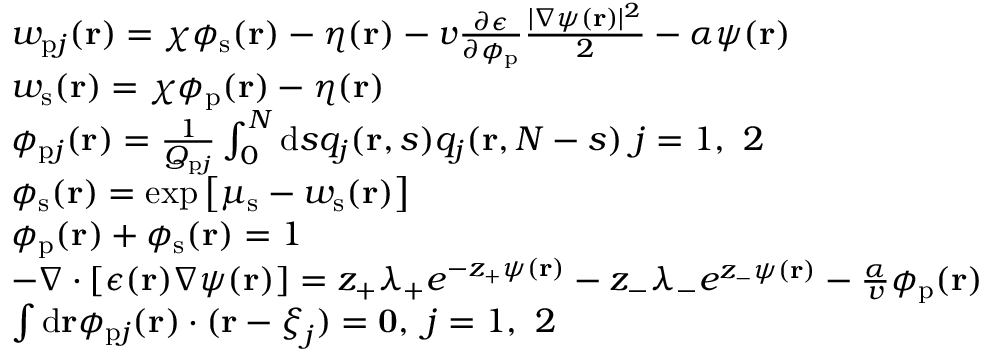
\begin{array} { r l } & { w _ { \mathrm { p } j } ( \mathbf { r } ) = \chi \phi _ { \mathrm { s } } ( \mathbf { r } ) - \eta ( \mathbf { r } ) - v \frac { \partial \epsilon } { \partial \phi _ { \mathrm { p } } } \frac { | \nabla \psi ( \mathbf { r } ) | ^ { 2 } } { 2 } - \alpha \psi ( \mathbf { r } ) } \\ & { w _ { \mathrm { s } } ( \mathbf { r } ) = \chi \phi _ { \mathrm { p } } ( \mathbf { r } ) - \eta ( \mathbf { r } ) } \\ & { \phi _ { \mathrm { p } j } ( \mathbf { r } ) = \frac { 1 } { Q _ { \mathrm { p } j } } \int _ { 0 } ^ { N } \mathrm { d } s q _ { j } ( \mathbf { r } , s ) q _ { j } ( \mathbf { r } , N - s ) \ j = 1 , \ 2 } \\ & { \phi _ { \mathrm { s } } ( \mathbf { r } ) = \exp \left[ \mu _ { \mathrm { s } } - w _ { \mathrm { s } } ( \mathbf { r } ) \right] } \\ & { \phi _ { \mathrm { p } } ( \mathbf { r } ) + \phi _ { \mathrm { s } } ( \mathbf { r } ) = 1 } \\ & { - \nabla \cdot [ \epsilon ( \mathbf { r } ) \nabla \psi ( \mathbf { r } ) ] = z _ { + } \lambda _ { + } e ^ { - z _ { + } \psi ( \mathbf { r } ) } - z _ { - } \lambda _ { - } e ^ { z _ { - } \psi ( \mathbf { r } ) } - \frac { \alpha } { v } \phi _ { \mathrm { p } } ( \mathbf { r } ) } \\ & { { \int \mathrm { d } \mathbf { r } \phi _ { \mathrm { p } j } ( \mathbf { r } ) \cdot ( \mathbf { r } - \boldsymbol { \xi } _ { j } ) } = \mathbf { 0 } , \ j = 1 , \ 2 } \end{array}